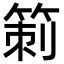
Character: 箣